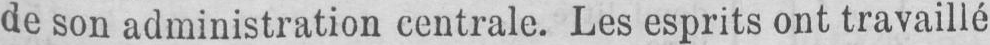
de son administration centrale. Les esprits ont travaillé